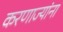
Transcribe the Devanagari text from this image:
करणाज्यांना